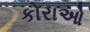
કોરાઓ